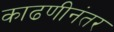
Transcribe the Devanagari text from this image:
काढणीनंतर